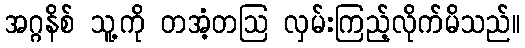
အဂ္ဂနိစ် သူ့ကို တအံ့တဩ လှမ်းကြည့်လိုက်မိသည်။